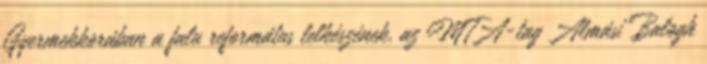
Gyermekkorában a falu református lelkészének, az MTA-tag Almási Balogh